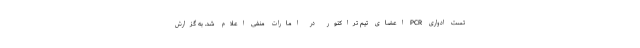
تست ادواری PCR اعضای تیم تراکتور در امارات منفی اعلام شد. به گزارش